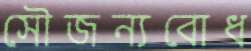
সৌজন্যবোধ